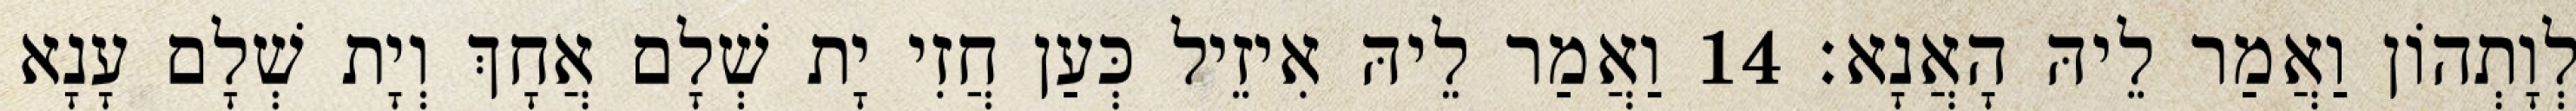
לְוָתְהוֹן וַאֲמַר לֵיהּ הָאֲנָא׃ 14 וַאֲמַר לֵיהּ אִיזֵיל כְּעַן חֲזִי יָת שְׁלָם אֲחָךְ וְיָת שְׁלָם עָנָא